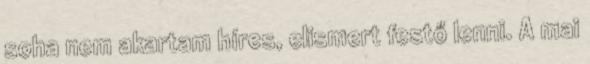
soha nem akartam híres, elismert festő lenni. A mai